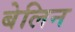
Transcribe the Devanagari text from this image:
बेलिन